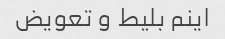
اینم بلیط و تعویض